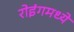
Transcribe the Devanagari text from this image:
रोइंगमध्ये